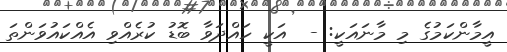
އީމާންކަމުގެ މި މާނައަކީ: -  އަކީ ހައްދަވާ ބޮޑު ކުރެއްވި އެއްކައުވަންތަ